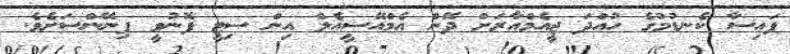
ފައިސާ ކެނޑުމުގެ ހުއްދަ ޖީއެމްއާރަށް ދޭން އެމްއޭސީއެލް އިން ސިޓީ ފޮނުވީ ފިނޭންސަށެވެ.